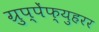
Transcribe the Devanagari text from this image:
ग्रुप्पेंफ्युहरर